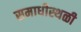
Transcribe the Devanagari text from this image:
समाधीस्थळी